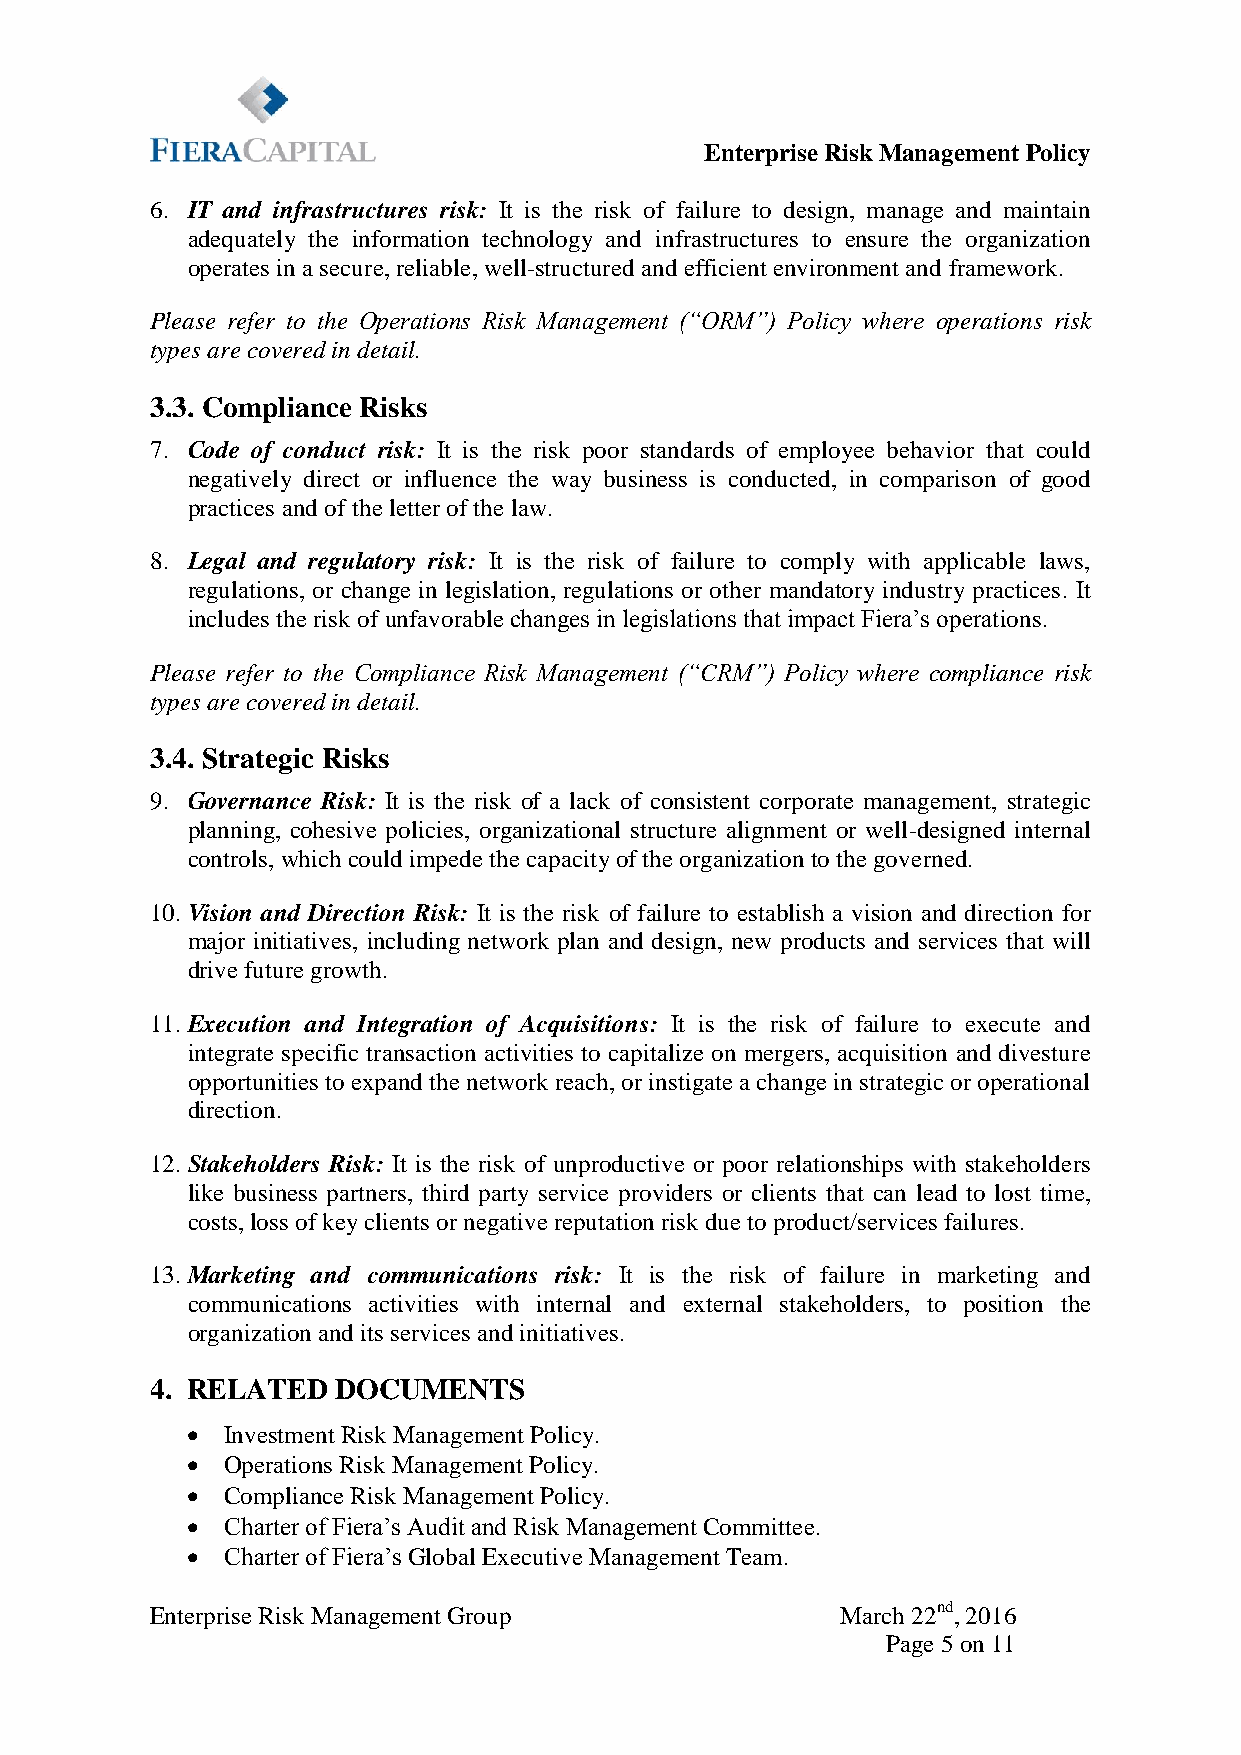
Enterprise Risk Management Policy
 6. IT and infrastructures risk: It is the risk of failure to design, manage and maintain
 adequately the information technology and infrastructures to ensure the organization
 operates in a secure, reliable, well-structured and efficient environment and framework.
 Please refer to the Operations Risk Management (“ORM”) Policy where operations risk
 types are covered in detail.
 3.3. Compliance Risks
 7. Code of conduct risk: It is the risk poor standards of employee behavior that could
 negatively direct or influence the way business is conducted, in comparison of good
 practices and of the letter of the law.
 8. Legal and regulatory risk: It is the risk of failure to comply with applicable laws,
 regulations, or change in legislation, regulations or other mandatory industry practices. It
 includes the risk of unfavorable changes in legislations that impact Fiera’s operations.
 Please refer to the Compliance Risk Management (“CRM”) Policy where compliance risk
 types are covered in detail.
 3.4. Strategic Risks
 9. Governance Risk: It is the risk of a lack of consistent corporate management, strategic
 planning, cohesive policies, organizational structure alignment or well-designed internal
 controls, which could impede the capacity of the organization to the governed.
 10. Vision and Direction Risk: It is the risk of failure to establish a vision and direction for
 major initiatives, including network plan and design, new products and services that will
 drive future growth.
 11. Execution and Integration of Acquisitions: It is the risk of failure to execute and
 integrate specific transaction activities to capitalize on mergers, acquisition and divesture
 opportunities to expand the network reach, or instigate a change in strategic or operational
 direction.
 12. Stakeholders Risk: It is the risk of unproductive or poor relationships with stakeholders
 like business partners, third party service providers or clients that can lead to lost time,
 costs, loss of key clients or negative reputation risk due to product/services failures.
 13. Marketing and communications risk: It is the risk of failure in marketing and
 communications activities with internal and external stakeholders, to position the
 organization and its services and initiatives.
 4. RELATED  DOCUMENTS
   Investment Risk Management Policy.
   Operations Risk Management Policy.
   Compliance Risk Management Policy.
   Charter of Fiera’s Audit and Risk Management Committee.
   Charter of Fiera’s Global Executive Management Team.
 Enterprise Risk Management Group              March 22nd, 2016
 Page 5 on 11